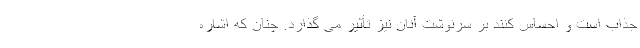
جذاب است و احساس کنند بر سرنوشت آنان نیز تأثیر می گذارد. چنان که اشاره